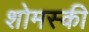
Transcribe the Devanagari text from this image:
शोमस्की